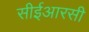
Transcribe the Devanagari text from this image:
सीईआरसी